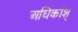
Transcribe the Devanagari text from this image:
अधिकांश्